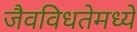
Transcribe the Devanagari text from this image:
जैवविधतेमध्ये